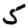
Digit: 5